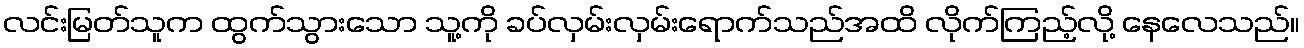
လင်းမြတ်သူက ထွက်သွားသော သူ့ကို ခပ်လှမ်းလှမ်းရောက်သည်အထိ လိုက်ကြည့်လို့ နေလေသည်။